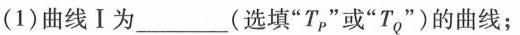
(1)曲线Ⅰ为___(选填”T_{P}”或”T_{Q}”)的曲线；